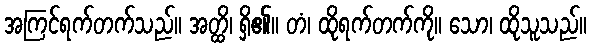
အကြင်ရက်တက်သည်။ အတ္ထိ၊ ရှိ၏။ တံ၊ ထိုရက်တက်ကို။ သော၊ ထိုသူသည်။